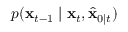
p ( \mathbf { x } _ { t - 1 } \mid \mathbf { x } _ { t } , \hat { \mathbf { x } } _ { 0 \mid t } )